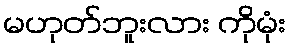
မဟုတ်ဘူးလား ကိုမုံး